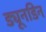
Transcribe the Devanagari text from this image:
ड्यूनडिन